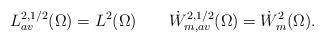
LaTeX: \begin{align*}L^{2,1/2}_{av}(\Omega)=L^2(\Omega)\quad\quad\dot W^{2,1/2}_{m,av}(\Omega)=\dot W^2_m(\Omega).\end{align*}